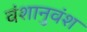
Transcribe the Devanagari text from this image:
वंशानुवंश